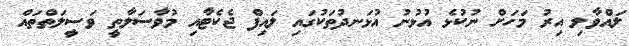
ލައްވާލި އިރު މަހަށް ނުކުޅެ އުޅުނު އުޅަނދުތަކުގައި ލައިފް ޖެކެޓާއި މުވާސަލާތީ ވަސީލަތްތައް